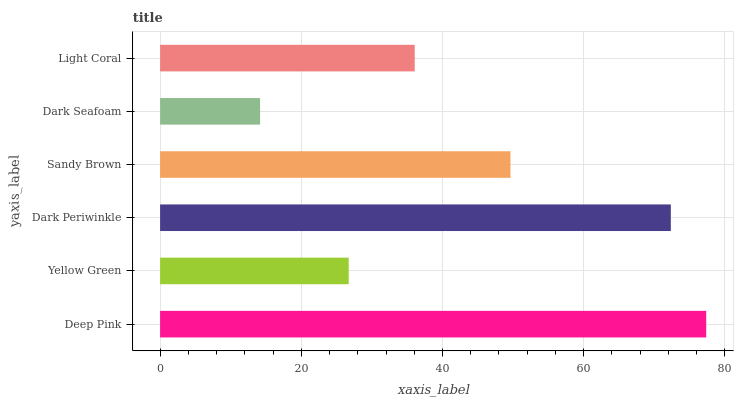
| yaxis_label | bars |
 | --- | --- |
 | Deep Pink | 77.4 |
 | Yellow Green | 26.7 |
 | Dark Periwinkle | 72.3 |
 | Sandy Brown | 49.6 |
 | Dark Seafoam | 14.2 |
 | Light Coral | 36.1 |